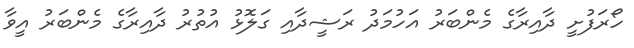
ހޯރަފުށީ ދާއިރާގެ މެންބަރު އަހުމަދު ރަޝީދާއި ގަލޮޅު އުތުރު ދާއިރާގެ މެންބަރު އީވާ